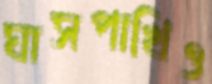
ঘাসপাখিও